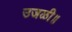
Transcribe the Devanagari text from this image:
उजळी॥